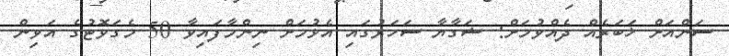
ސަންއަށް ޚަބަރެއް ދެއްވުމަށް: ޝަގާޔާ ސަހަރުގައި އެޅުމަށް ނިންމާފައިވާ 50 މެގަވޮޓުގެ އަވިން